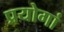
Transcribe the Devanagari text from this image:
प्रयोगां